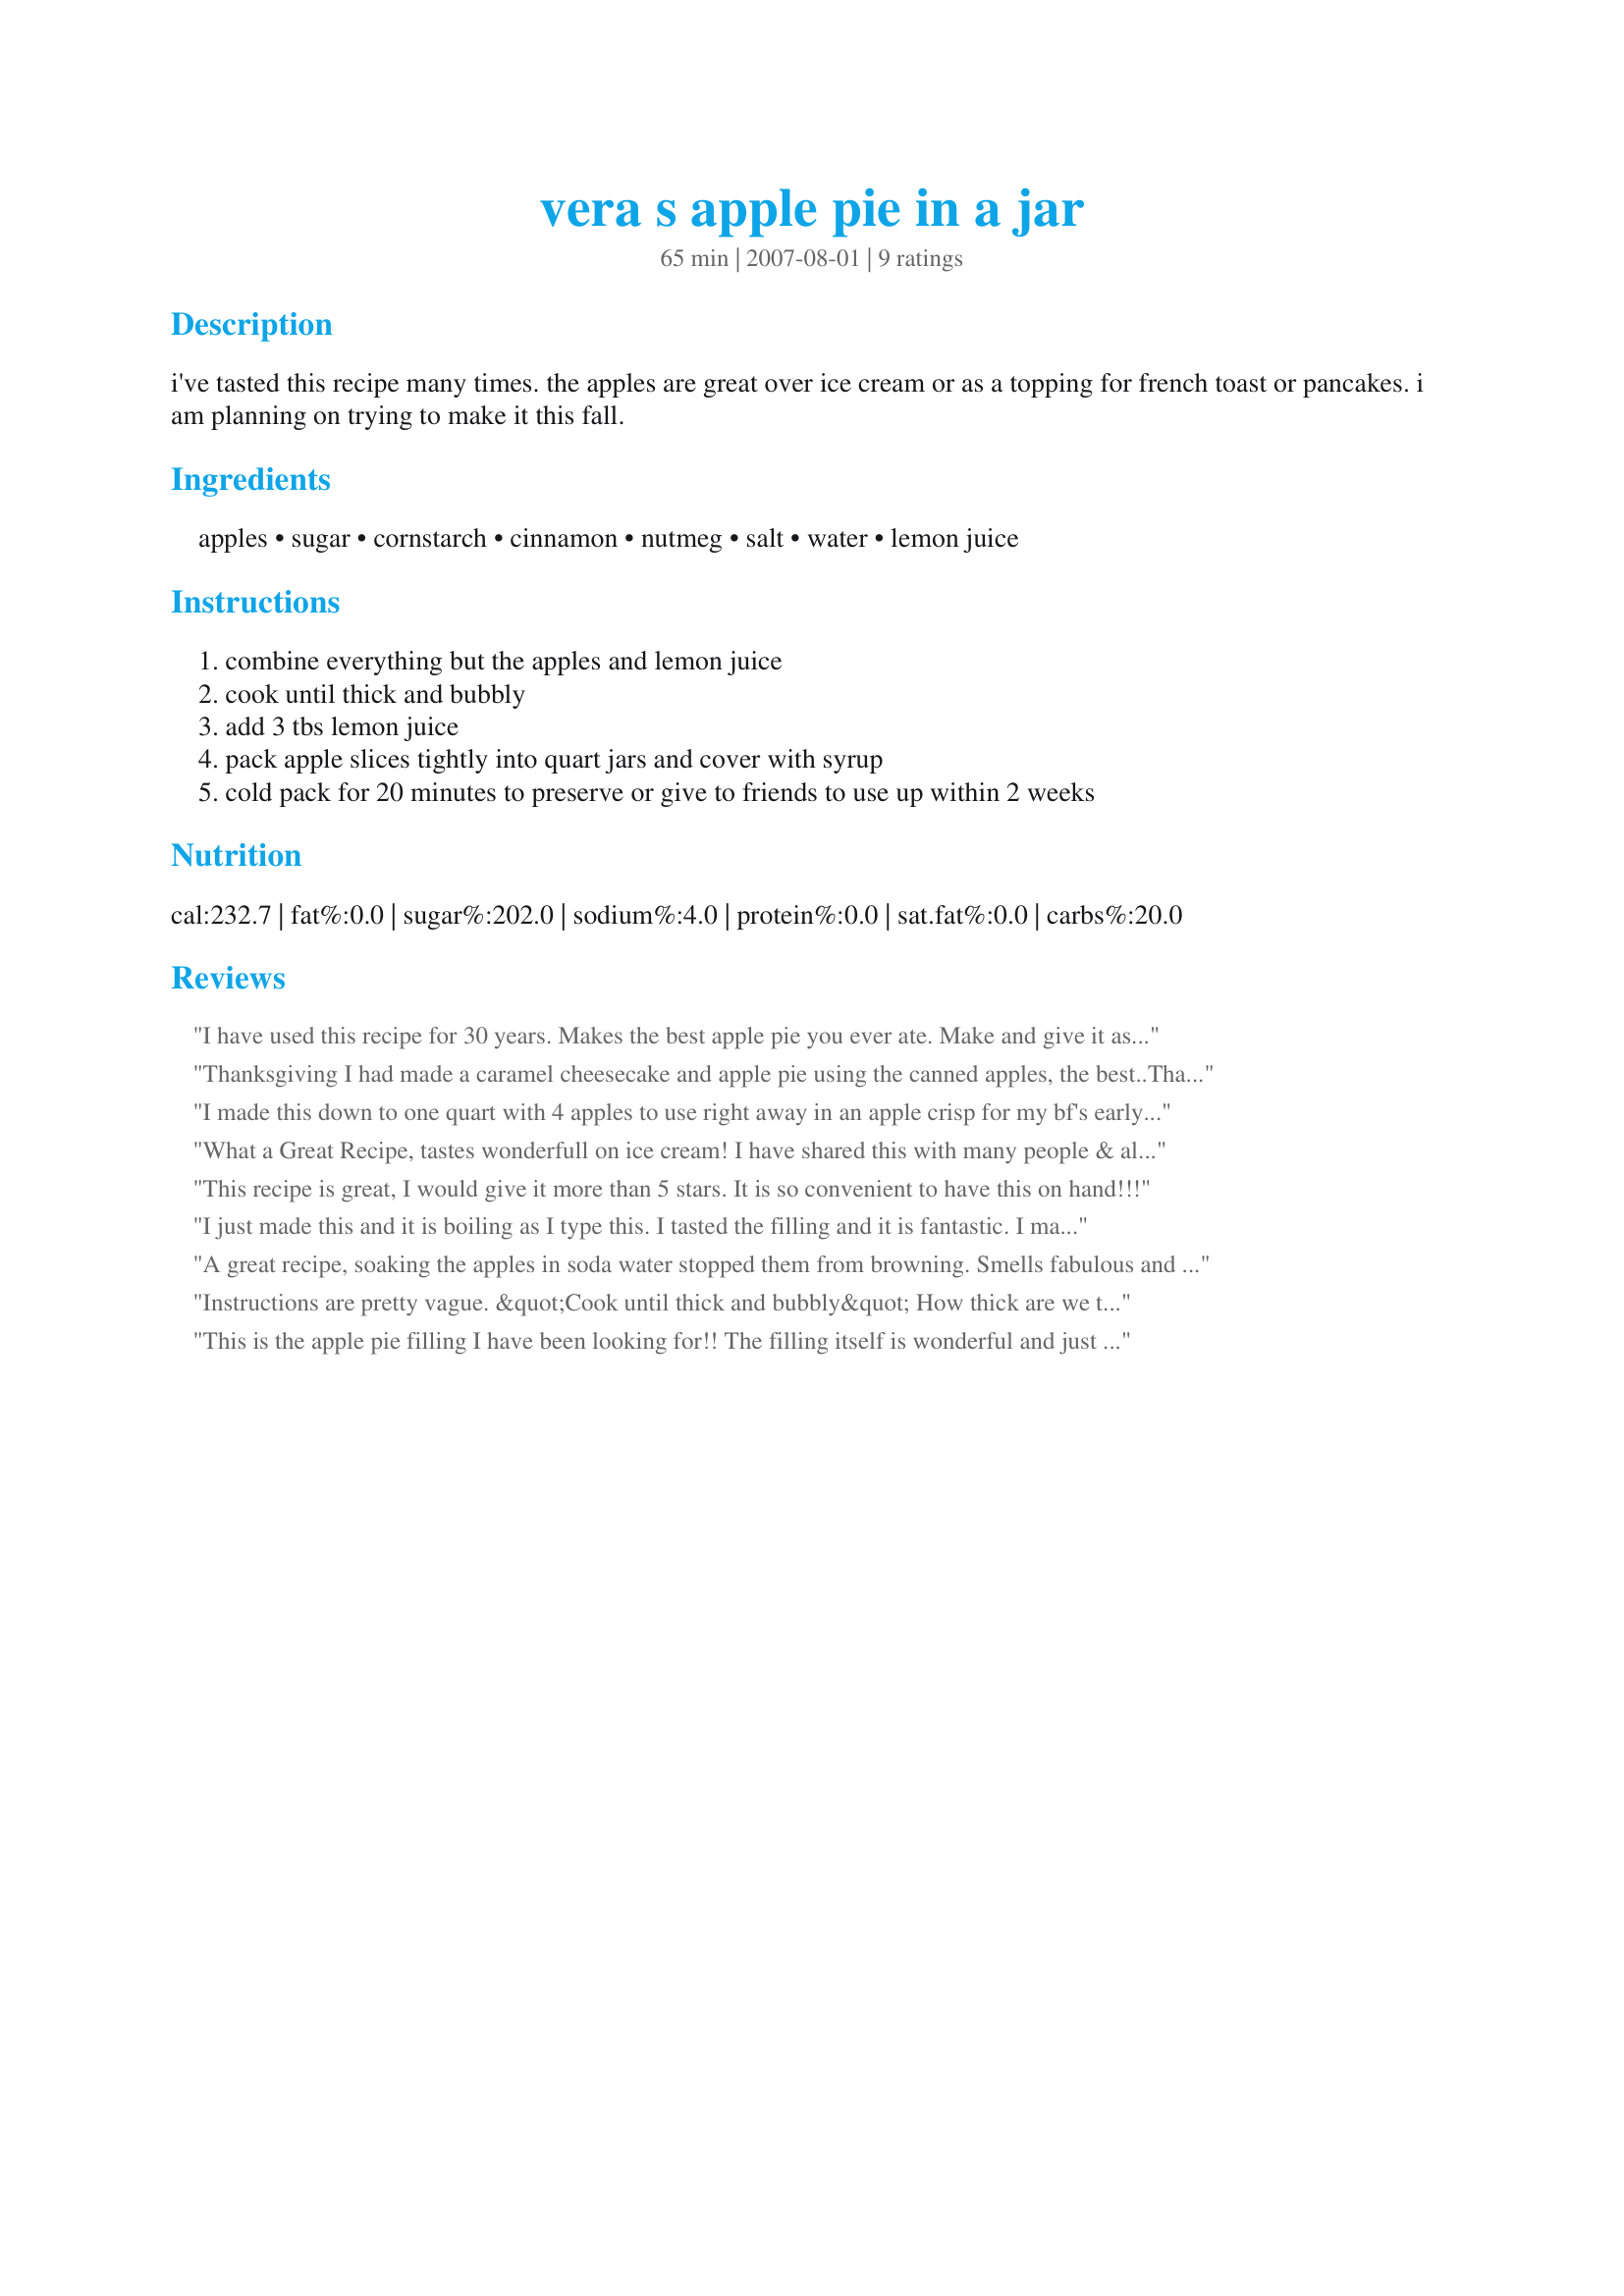
vera s apple pie in a jar
Preparation time: 65 minutes

i've tasted this recipe many times. the apples are great over ice cream or as a topping for french toast or pancakes. i am planning on trying to make it this fall.

Ingredients:
apples, sugar, cornstarch, cinnamon, nutmeg, salt, water, lemon juice

Steps:
combine everything but the apples and lemon juice, cook until thick and bubbly, add 3 tbs lemon juice, pack apple slices tightly into quart jars and cover with syrup, cold pack for 20 minutes to preserve or give to friends to use up within 2 weeks

Reviews:
I have used this recipe for 30 years. Makes the best apple pie you ever ate. Make and give it as gifts all thte time..My kids would eat it straight out of the jar.
It's DELICIOUS!!
Thanksgiving I had made a caramel cheesecake and apple pie using the canned apples, the best..<br/>Thank you for a heirloom recipe, will be making for years to come.
I made this down to one quart with 4 apples to use right away in an apple crisp for my bf's early birthday. I added a lot more of nutmeg and cinnamon to the mixture, but other than that I followed the recipe and it tasted excellent. Will use this recipe much more often when I need apple pie filling.
What a Great Recipe, tastes wonderfull on ice cream! I have shared this with many people & all rated it 5 Stars!
Planning on giving this for Christmas presents and will it ever taste good during the winter months, like fresh off the tree.
Ramona Smith
This recipe is great, I would give it more than 5 stars. It is so convenient to have this on hand!!!
I just made this and it is boiling as I type this. I tasted the filling and it is fantastic. I made this to give as Christmas presents with a homemade mix for a cobbler, and a homemade apple candle. I WILL be ready for Christmas this year (for once). Thank You so much for posting such a great recipe!
A great recipe, soaking the apples in soda water stopped them from browning. Smells fabulous and i am hoping all that i give it to for Christmas will approve
Instructions are pretty vague. &quot;Cook until thick and bubbly&quot; How thick are we talking about here? Thick as tar? How long does this take? What temperature do I set the stove to? I didn't have enough of the &quot;thick and bubbly&quot; concoction for the amount indicated this would make. Maybe I made it too thick, I'll never know. Overall the flavor seemed to taste ok. Stir constantly since it's sugar and will want to stick to the bottom (something else the instructions fail to mention). Overall, I'll probably not cook this again, good idea. But instructions are too vague and it caused a lot of stress as I have to make another batch so I have enough for Christmas presents.
This is the apple pie filling I have been looking for!! The filling itself is wonderful and just thick enough, and the apples stay nice and crunchy so they won't turn to mush when you bake your pie. I used 13 nice sized Pink Lady apples and got 12 pint sized jars out of it, with about 2-3 cups of sauce left over. I should have bought more apples! Thanks for sharing this recipe, AshK!
